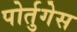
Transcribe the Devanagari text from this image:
पोर्तुगेस